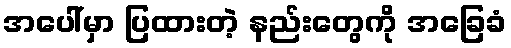
အပေါ်မှာ ပြထားတဲ့ နည်းတွေကို အခြေခံ